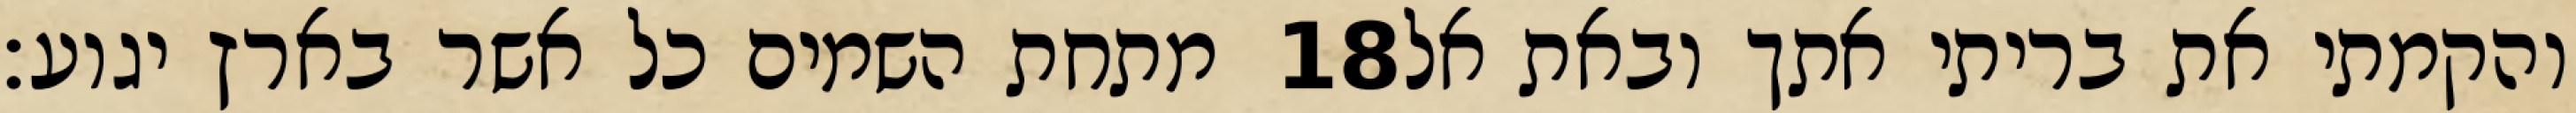
מתחת השמים כל אשר בארץ יגוע׃ ‎18‏ והקמתי את בריתי אתך ובאת אל